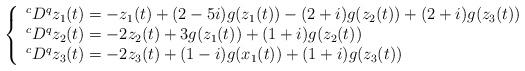
LaTeX: \begin{align*} \left\{\begin{array}{l}^cD^{q} z_1(t)=-z_1(t)+(2-5i)g(z_1(t))-(2+i)g(z_2(t))+(2+i)g(z_3(t)) \\^cD^{q} z_2(t)=-2z_2(t)+3g(z_1(t))+(1+i)g(z_2(t)) \\^cD^{q} z_3(t)=-2z_3(t)+(1-i)g(x_1(t))+(1+i)g(z_3(t))\end{array}\right.\end{align*}